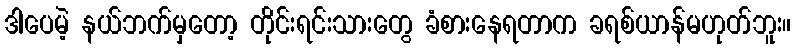
ဒါပေမဲ့ နယ်ဘက်မှတော့ တိုင်းရင်းသားတွေ ခံစားနေရတာက ခရစ်ယာန်မဟုတ်ဘူး။